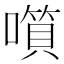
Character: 𡀹